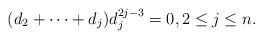
LaTeX: \begin{gather*}(d_2+\cdots+d_j) d_{j}^{2j-3}=0, 2 \le j \le n.\end{gather*}